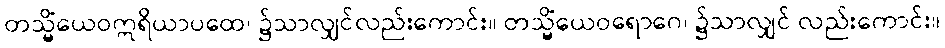
တသ္မိံယေဝဣရိယာပထေ၊ ၌သာလျှင်လည်းကောင်း။ တသ္မိံယေဝရောဂေ၊ ၌သာလျှင် လည်းကောင်း။